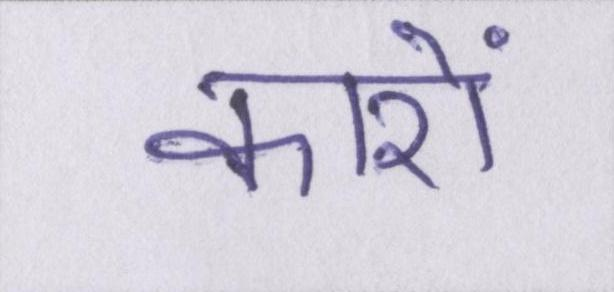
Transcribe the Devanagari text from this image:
कारों